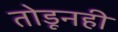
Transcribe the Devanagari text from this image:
तोडूनही